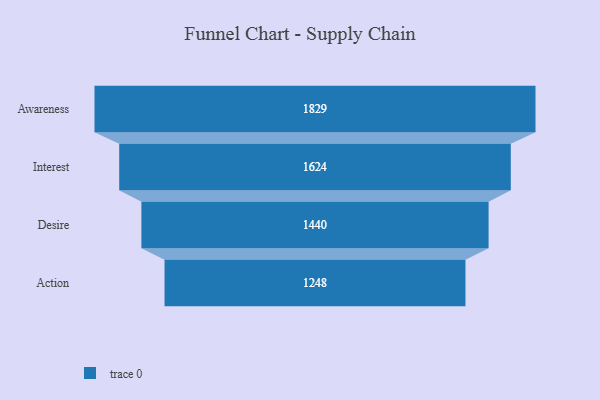
{"axis": {"x": "Stage", "y": "Value"}, "legend": [""], "data": [{"x": "Awareness", "y": 1829.0, "type": ""}, {"x": "Interest", "y": 1624.0, "type": ""}, {"x": "Desire", "y": 1440.0, "type": ""}, {"x": "Action", "y": 1248.0, "type": ""}]}